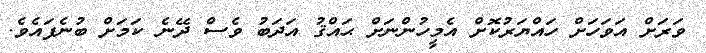
ވަަރަށް އަވަހަށް ހައްޔަރުކޮށް އެމީހުންނަށް ޙައްޤު އަދަބު ވެސް ދޭނެ ކަމަށް ބުނެފައެވެ.